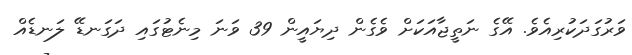
ވަރުގަދަކުރިއެވެ. އޭގެ ނަތީޖާއަކަށް ވެގެން ދިޔައީން 39 ވަނަ މިނެޓުގައި ދަގަނޑޭ ލަނޑެއް